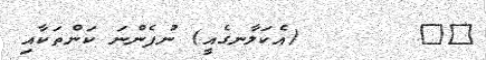
٩٣       (އެކަލާނގެއީ) ނުފެންނަ ކަންތަކާއި